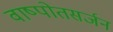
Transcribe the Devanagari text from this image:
वाष्पोतसर्जन